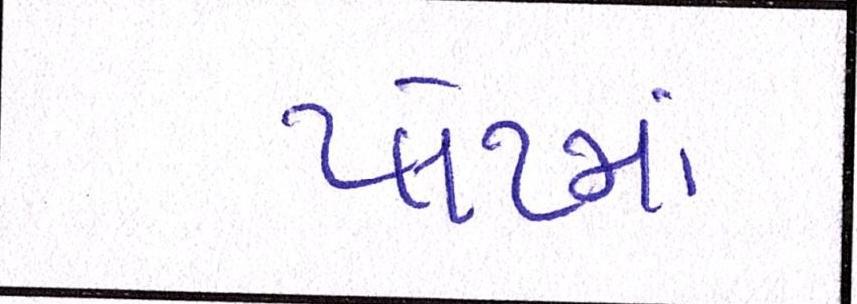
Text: પ્લેટમાં